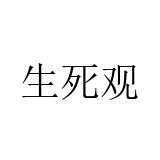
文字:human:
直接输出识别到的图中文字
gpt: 生死观